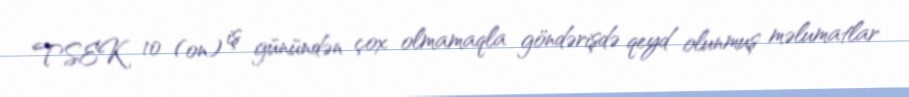
TSEK 10 (on) iş günündən çox olmamaqla göndərişdə qeyd olunmuş məlumatlar